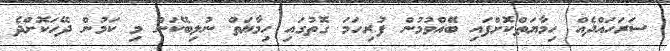
ސަރަހައްދެއް ހިމާޔަތްކޮށްފައި ބޭއްވުމުން ފުރިހަމަ ގޮތުގައި ހިމާޔަތް ނުލިބޭކަން މި ކަމުން ދޭހަކޮށްދެ